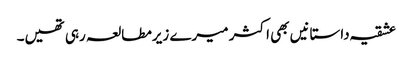
عشقیہ داستانیں بھی اکثر میرے زیرمطالعہ رہی تھیں۔